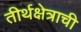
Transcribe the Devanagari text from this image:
तीर्थक्षेत्राची